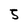
Character: 5